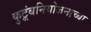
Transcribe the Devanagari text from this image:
कुटूंबनियोजनाच्या